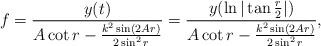
\begin{align*}f=\frac{y(t)}{A\cot r-\frac{k^2\sin(2Ar)}{2\sin^2r}}=\frac{y(\ln|\tan \frac{r}{2}|)}{A\cot r-\frac{k^2\sin(2Ar)}{2\sin^2r}},\end{align*}